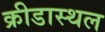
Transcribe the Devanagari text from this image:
क्रीडास्थल